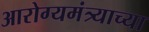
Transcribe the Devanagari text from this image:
आरोग्यमंत्र्याच्या